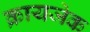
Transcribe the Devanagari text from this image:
क्रायजेक